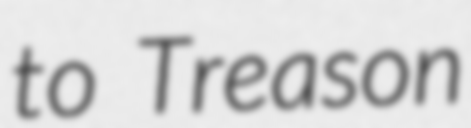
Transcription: to Treason